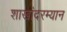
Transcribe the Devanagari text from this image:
शाखांदरम्यान